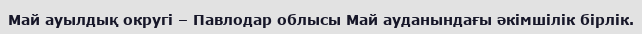
Май ауылдық округі – Павлодар облысы Май ауданындағы әкімшілік бірлік.